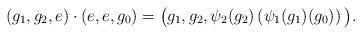
LaTeX: \begin{align*}(g_1,g_2,e)\cdot (e,e,g_0)=\big( g_1, g_2,\psi_2(g_2)\left(\psi_1(g_1)(g_0)\right) \big).\end{align*}